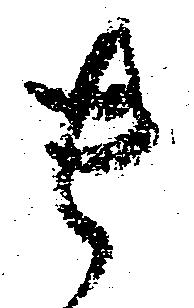
貴